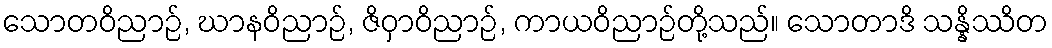
သောတဝိညာဉ်, ဃာနဝိညာဉ်, ဇိဝှာဝိညာဉ်, ကာယဝိညာဉ်တို့သည်။ သောတာဒိ သန္နိဿိတ